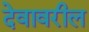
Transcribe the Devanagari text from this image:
देवावरील